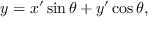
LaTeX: y = x ^ { \prime } \sin \theta + y ^ { \prime } \cos \theta ,